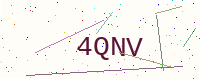
Text: 4QNV